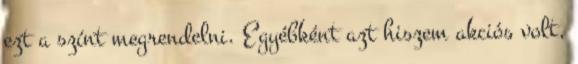
ezt a színt megrendelni. Egyébként azt hiszem akciós volt,